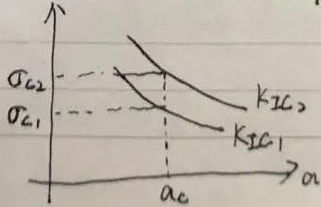
\begin{tikzpicture}[scale=1]
    \begin{axis}[
        axis lines = middle,
        xlabel = {$a$},
        ylabel = {$\sigma_{c}$},
        xmin=0,
        ymin=0
    ]
        \addplot[domain=0.1:2,samples=100,thick] {1/x};
        \addlegendentry{$K_{IC_1}$};
        \addplot[domain=0.1:2,samples=100,thick] {2/x};
        \addlegendentry{$K_{IC_2}$};
        \addplot[dashed] coordinates {(1,1) (1,0)};
        \addplot[dashed] coordinates {(1,2) (1,0)};
        \node[below] at (axis cs:1,0) {\text{$a_c$}};
        \node[left] at (axis cs:0,1) {\text{$\sigma_{c1}$}};
        \node[left] at (axis cs:0,2) {\text{$\sigma_{c2}$}};
    \end{axis}
\end{tikzpicture}